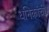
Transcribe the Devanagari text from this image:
धनिकांची